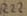
Text: R22